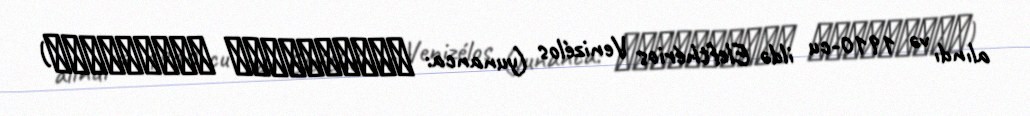
alındı və 1910-cu ildə Elefthérios Venizélos (yunanca: Ελευθέριος Βενιζέλος)